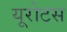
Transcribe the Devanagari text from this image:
यूरोटस